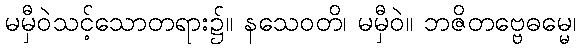
မမှီဝဲသင့်သောတရား၌။ နသေဝတိ၊ မမှီဝဲ။ ဘဇိတဗ္ဗေဓမ္မေ၊